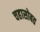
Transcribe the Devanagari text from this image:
चहासोबत